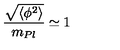
\frac { \sqrt { \langle \phi ^ { 2 } \rangle } } { m _ { P l } } \simeq 1